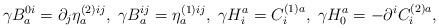
LaTeX: \begin{align*}\gamma B_{a}^{0i}=\partial _{j}\eta _{a}^{(2)ij},\;\gamma B_{a}^{ij}=\eta_{a}^{(1)ij},\;\gamma H_{i}^{a}=C_{i}^{(1)a},\;\gamma H_{0}^{a}=-\partial^{i}C_{i}^{(2)a}, \end{align*}